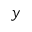
y